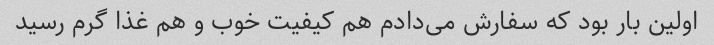
اولین بار بود که سفارش می‌دادم هم کیفیت خوب و هم غذا گرم رسید